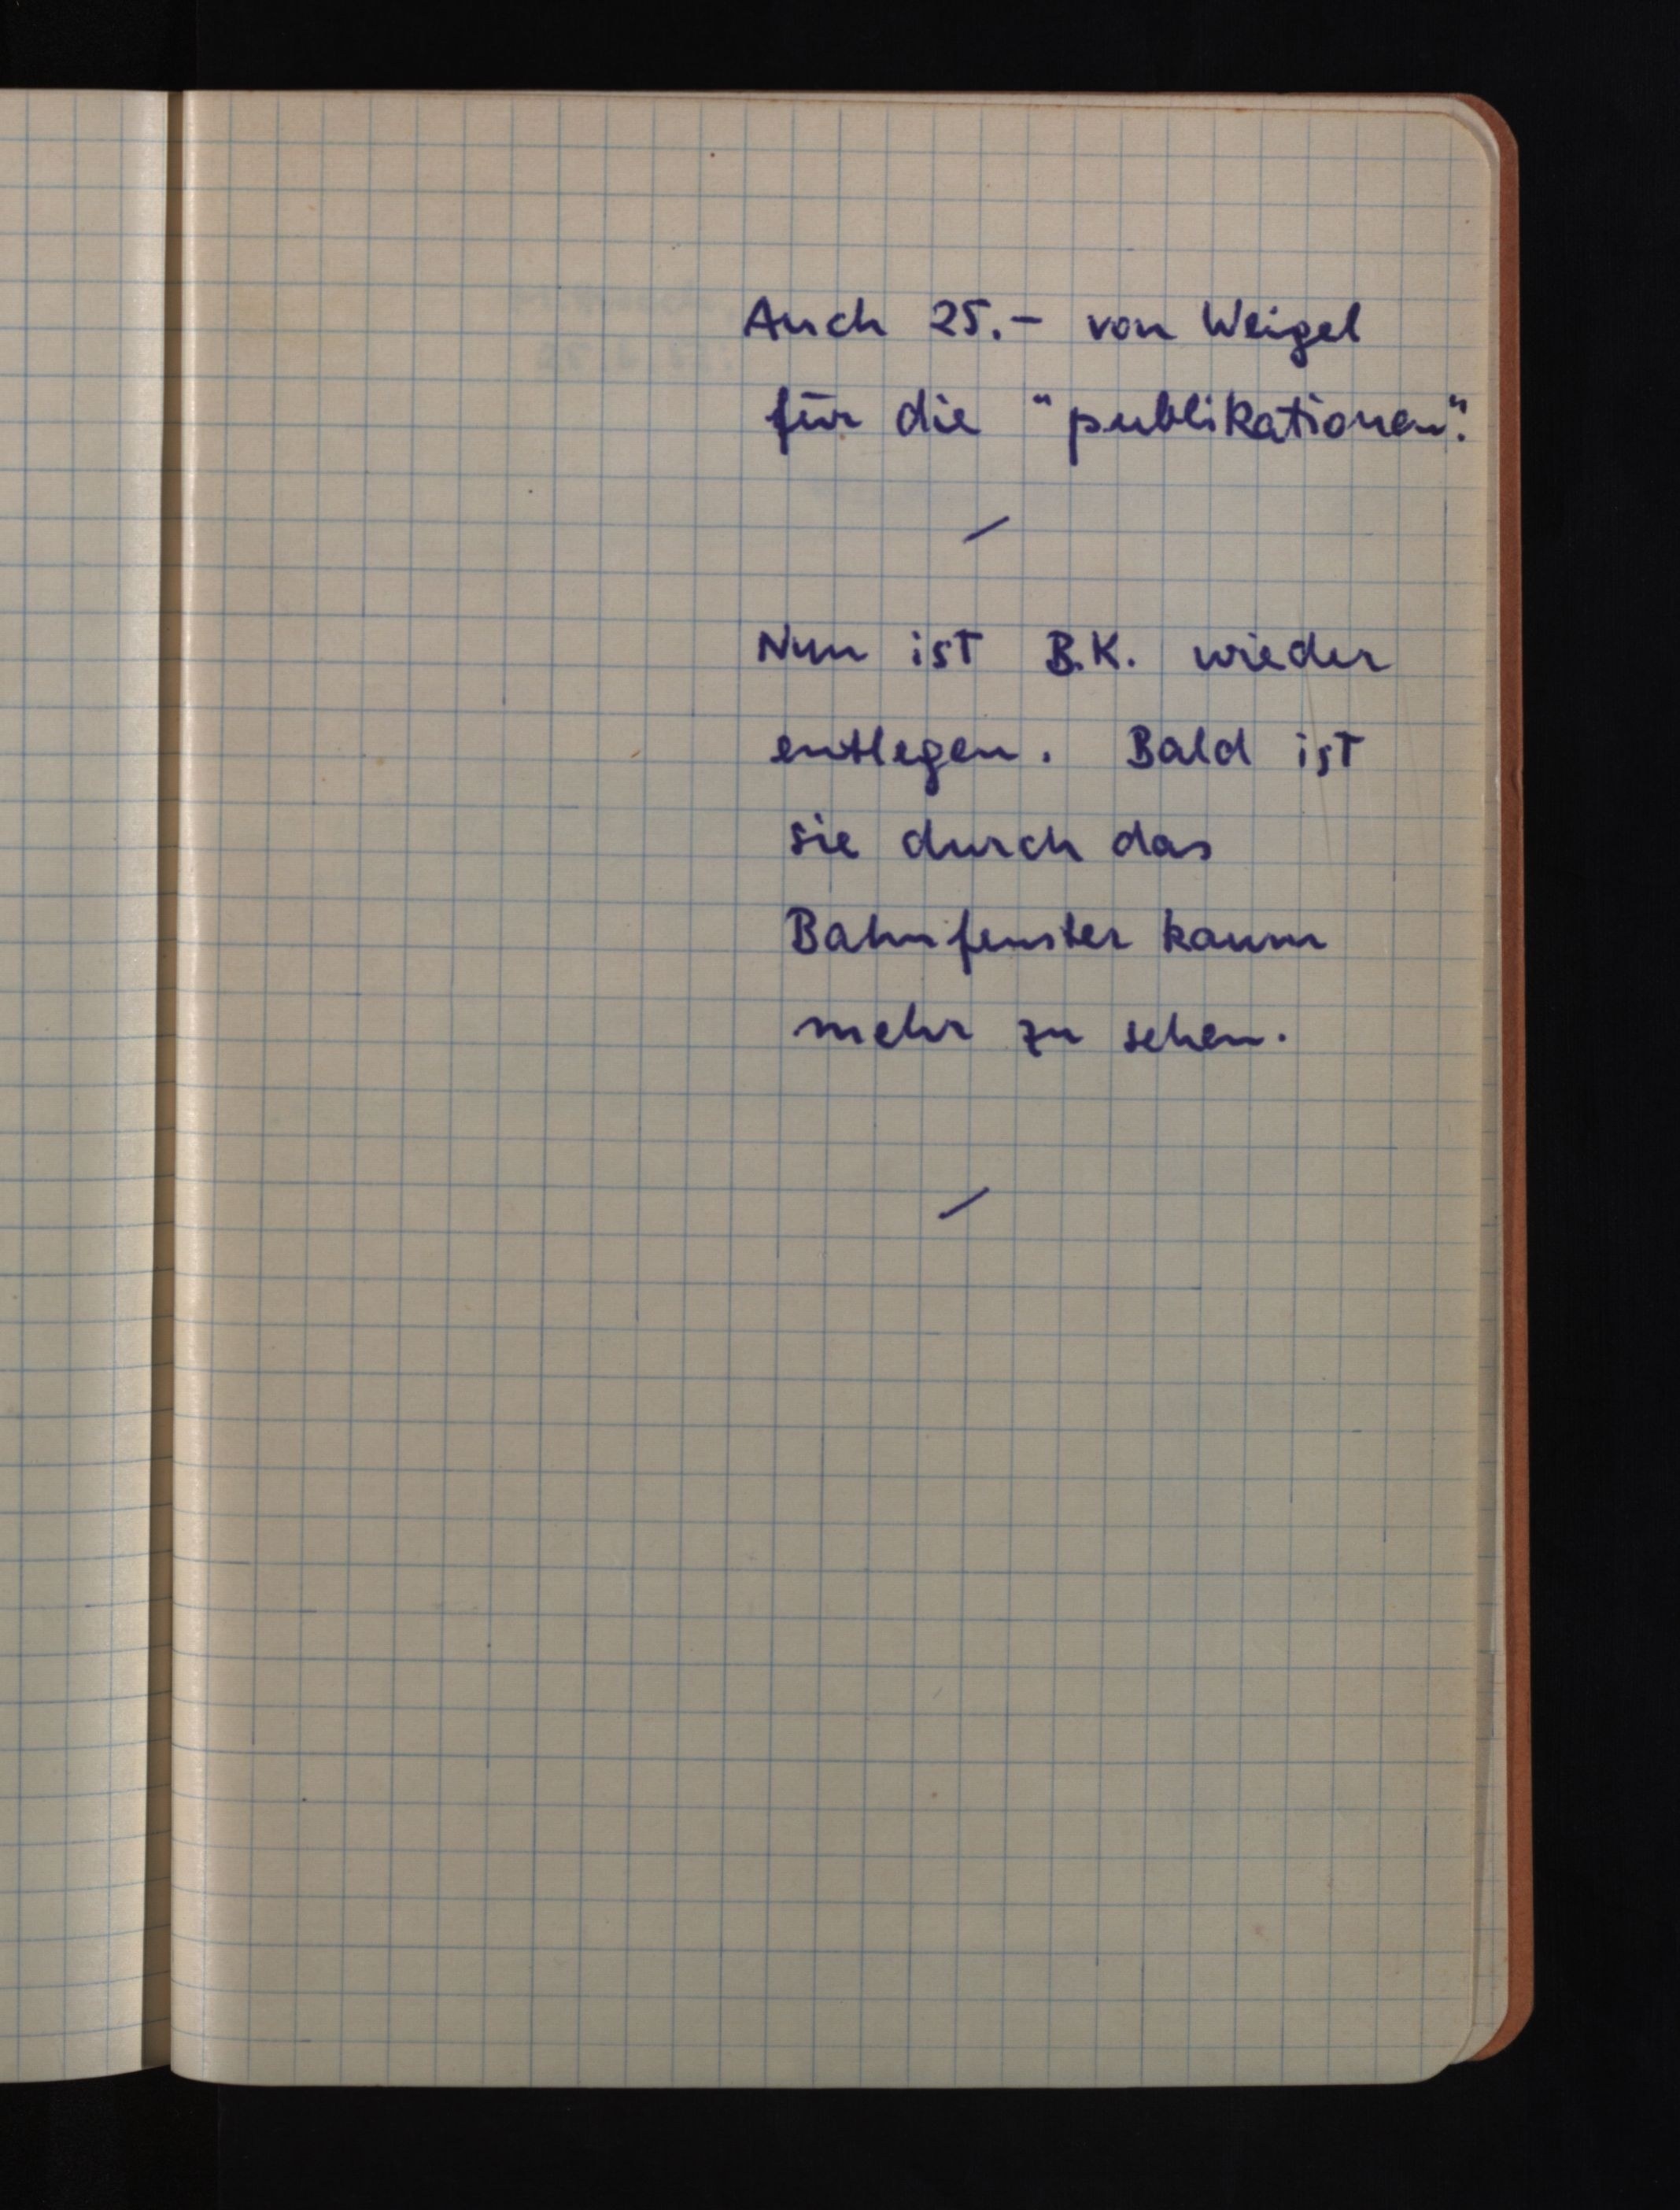
Auch 25.- von Weigel
für die "publikationen".
Nun ist B. K. wieder
entlegen. Bald ist
sie durch das
Bahnfenster kaum
mehr zu sehen.